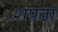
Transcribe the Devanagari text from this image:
शपता